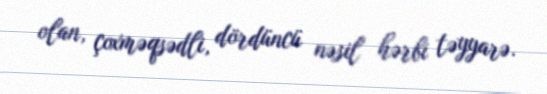
olan, çoxməqsədli, dördüncü nəsil hərbi təyyarə.